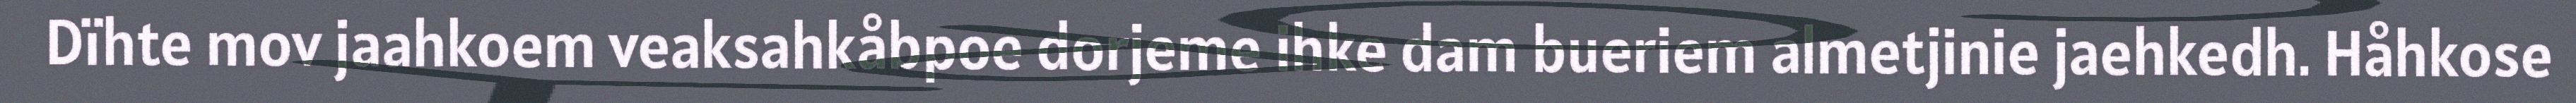
Dïhte mov jaahkoem veaksahkåbpoe dorjeme ihke dam bueriem almetjinie jaehkedh. Håhkose